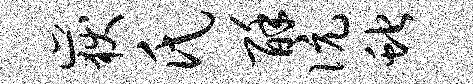
岳氏酥伉蛇